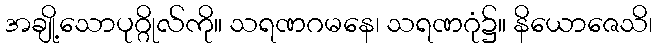
အချို့သောပုဂ္ဂိုလ်ကို။ သရဏဂမနေ၊ သရဏဂုံ၌။ နိယောဇေသိ၊